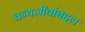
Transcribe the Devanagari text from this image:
वन्यजीवांबद्दल